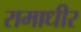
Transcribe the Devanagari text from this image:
रामाधीर